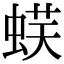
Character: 𧋞